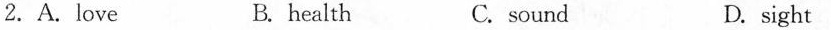
2.A. Love B. health C. sound D. sight